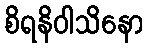
စိရနိဝါသိနော